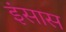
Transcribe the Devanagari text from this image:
इंसास